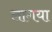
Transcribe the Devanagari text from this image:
लागया